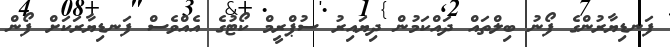
ފަނޑިޔާރުންގެ ފޯނު ބިލްތައް ދައްކަމުން ދިޔައިރު ސުޕްރީމް ކޯޓުގެ އެއްވެސް ފަނޑިޔާރަކަށް ފޯން